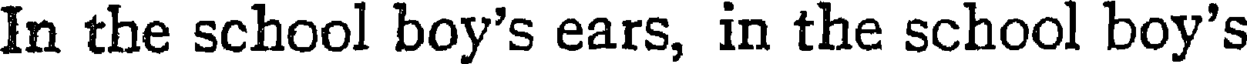
In the school boy's ears, in the school boy's